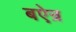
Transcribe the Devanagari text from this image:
बऐन्र